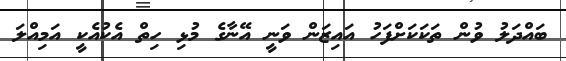
ބައްދަލު ވުން ތަކަކަށްފަހު އައިޒަން ވަނީ އޭނާގެ މުޅި ހިތް އެކުއެކީ އަމިއްލަ